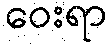
ဝေးရာ